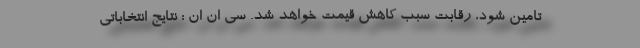
تامین شود، رقابت سبب کاهش قیمت خواهد شد. سی ان ان : نتایج انتخاباتی